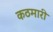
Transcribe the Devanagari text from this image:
कठमारी